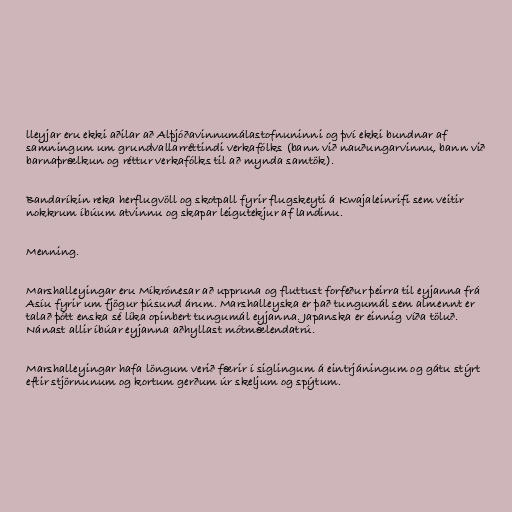
lleyjar eru ekki aðilar að Alþjóðavinnumálastofnuninni og því ekki bundnar af
samningum um grundvallarréttindi verkafólks (bann við nauðungarvinnu, bann við
barnaþrælkun og réttur verkafólks til að mynda samtök).

Bandaríkin reka herflugvöll og skotpall fyrir flugskeyti á Kwajaleinrifi sem veitir
nokkrum íbúum atvinnu og skapar leigutekjur af landinu.

Menning.

Marshalleyingar eru Míkrónesar að uppruna og fluttust forfeður þeirra til eyjanna frá
Asíu fyrir um fjögur þúsund árum. Marshalleyska er það tungumál sem almennt er
talað þótt enska sé líka opinbert tungumál eyjanna. Japanska er einnig víða töluð.
Nánast allir íbúar eyjanna aðhyllast mótmælendatrú.

Marshalleyingar hafa löngum verið færir í siglingum á eintrjáningum og gátu stýrt
eftir stjörnunum og kortum gerðum úr skeljum og spýtum.